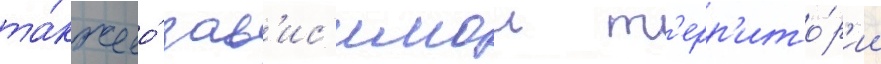
та́кже ео́ зав'ис'имои т'ерр'ито́р'ии